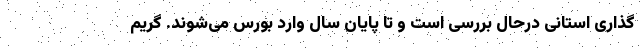
گذاری استانی درحال بررسی است و تا پایان سال وارد بورس می‌شوند. گریم